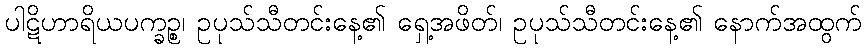
ပါဋိဟာရိယပက္ခဉ္စ၊ ဥပုသ်သီတင်းနေ့၏ ရှေ့အဖိတ်၊ ဥပုသ်သီတင်းနေ့၏ နောက်အထွက်